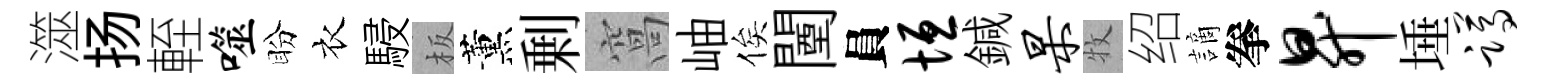
澨扬輊噬盼衣駸板薰剰窩岫俟闉員垣鍼杲牧绍謫拳升埵蹲